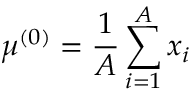
\mu ^ { ( 0 ) } = \frac { 1 } { A } \sum _ { i = 1 } ^ { A } x _ { i }